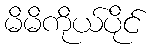
မိမိကိုယ်ပိုင်